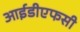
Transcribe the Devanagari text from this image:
आईडीएफसी